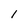
Character: 1